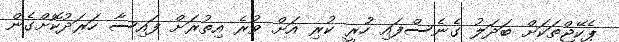
ޕެކޭޖްތަކަށް ބަދަލު ގެނެސްފައި ހުރީ ކުރި އަށް ވުރެ އިތުރަށް ފައިސާ ހަރަދުކޮށްގެން